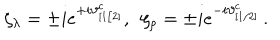
\zeta _ { \lambda } = \pm i e ^ { + i \vartheta _ { [ 1 / 2 ] } ^ { c } } , \, \, \, \zeta _ { \rho } = \pm i e ^ { - i \vartheta _ { [ 1 / 2 ] } ^ { c } } \, .